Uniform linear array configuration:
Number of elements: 16
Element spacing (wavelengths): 0.75
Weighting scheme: exponential
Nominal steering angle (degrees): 0
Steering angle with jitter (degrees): -0.08338
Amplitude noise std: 0.05
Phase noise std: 0.05

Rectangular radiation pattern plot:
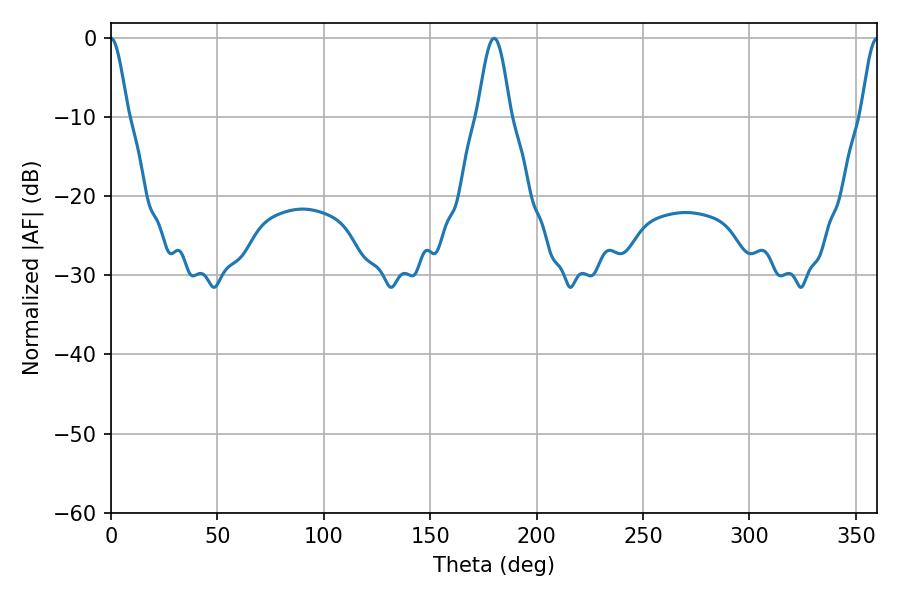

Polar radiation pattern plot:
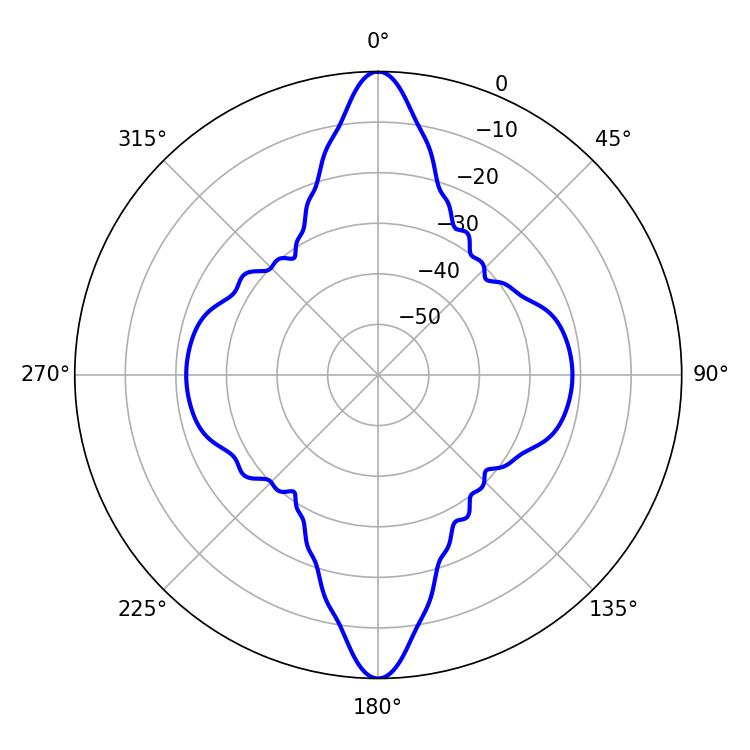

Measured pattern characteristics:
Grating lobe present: TRUE
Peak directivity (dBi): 38.007
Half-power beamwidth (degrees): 4.14
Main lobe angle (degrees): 0